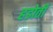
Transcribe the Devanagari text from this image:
हडोती